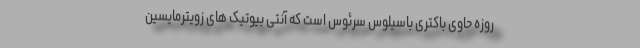
روزه حاوی باکتری باسیلوس سرئوس است که آنتی بیوتیک های زویترمایسین